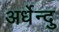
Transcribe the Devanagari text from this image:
अर्धेन्दु